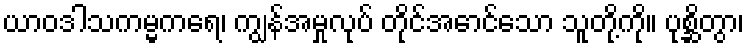
ယာဝဒါသကမ္မကရေ၊ ကျွန်အမှုလုပ် တိုင်အောင်သော သူတို့ကို။ ပုစ္ဆိတွာ၊